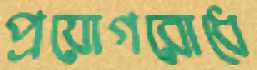
প্রয়োগরোধে